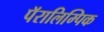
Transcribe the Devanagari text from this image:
पॅरालिम्पिक